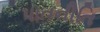
પાતનીતિ